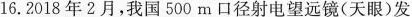
16.2018年2月，我国500m口径射电望远镜(天眼)发